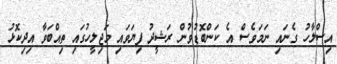
އިސްލާހު ގެނައި ނަމަވެސް އެ ކަންބޮޑުވުން ރަޝީދު ފިޔަވައި މަޖިލީހުގައި ތިއްބަވާ އިދިކޮޅު